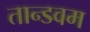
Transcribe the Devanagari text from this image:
तान्डवम